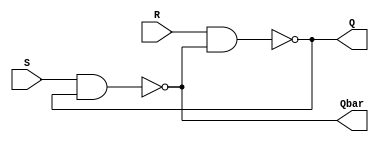
module SRlatch (Q,Qbar,S,R);
  input S,R;
  output Q,Qbar;

  assign Q = ~(R&Qbar);
  assign Qbar = ~(S&Q);
endmodule

module testbench;
  reg S,R;
  wire Q,Qbar;
  SRlatch DUT(Q,Qbar,S,R);
  initial begin
    $dumpfile("SRlatch.vcd");
    $dumpvars(0,testbench);
    $monitor($time," S=%b,R=%b,Q=%b,Q'=%b",S,R,Q,Qbar);
    #1 S = 1'b0; R = 1'b0;
    #1 S = 1'b0; R = 1'b1;
    #1 S = 1'b1; R = 1'b0;
    #1 S = 1'b1; R = 1'b1;
    #1 S = 1'b0; R = 1'b1;
    #1 S = 1'b1; R = 1'b1;
    #1 S = 1'b0; R = 1'b0;
    #1 S = 1'b1; R = 1'b1;  //here the simulator Hangs up
    #1 $finish;
  end
endmodule